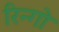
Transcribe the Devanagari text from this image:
रिन्गो